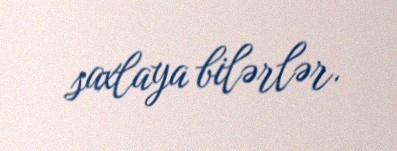
saxlaya bilərlər.